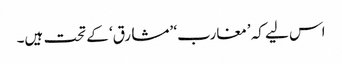
اس لیے کہ ’مغارب‘ ’مشارق‘ کے تحت ہیں۔